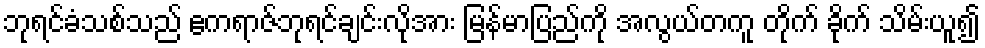
ဘုရင်ခံသစ်သည် ဧကရာဇ်ဘုရင်ချင်းလိုအား မြန်မာပြည်ကို အလွယ်တကူ တိုက် ခိုက် သိမ်းယူ၍